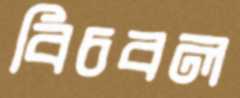
বিচবল